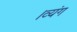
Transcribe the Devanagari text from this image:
।व्यंग